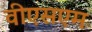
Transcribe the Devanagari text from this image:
वीएसएम